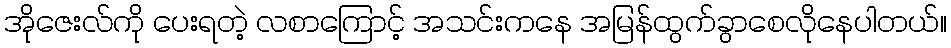
အိုဇေးလ်ကို ပေးရတဲ့ လစာကြောင့် အသင်းကနေ အမြန်ထွက်ခွာစေလိုနေပါတယ်။